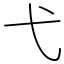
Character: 弋